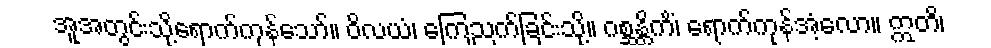
အူအတွင်းသို့ရောက်ကုန်သော်။ ဝိလယံ၊ ကြေညက်ခြင်းသို့။ ဂစ္ဆန္တိကိံ၊ ရောက်ကုန်အံ့လော။ ဣတိ၊